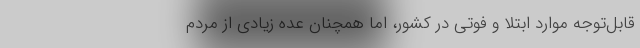
قابل‌توجه موارد ابتلا و فوتی در کشور، اما همچنان عده زیادی از مردم